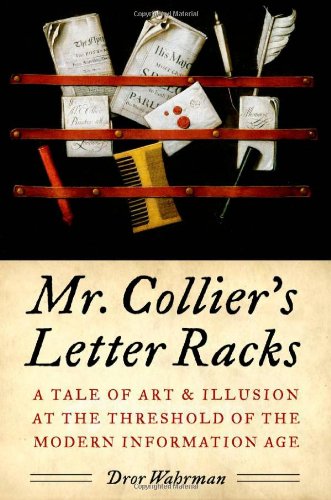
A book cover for Mr. Collier's Letter Racks: A Tale of Art and Illusion at the Threshold of the Modern Information Age; Dror Wahrman; History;